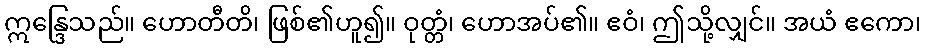
ဣန္ဒြေသည်။ ဟောတီတိ၊ ဖြစ်၏ဟူ၍။ ဝုတ္တံ၊ ဟောအပ်၏။ ဧဝံ၊ ဤသို့လျှင်။ အယံ ဧကော၊